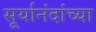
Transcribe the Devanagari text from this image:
सूर्यानंदांच्या